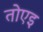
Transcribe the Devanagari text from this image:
तोएइ